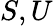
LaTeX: S,U